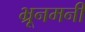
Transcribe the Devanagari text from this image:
भ्रूनमनी